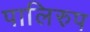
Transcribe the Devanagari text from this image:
पालिरुप